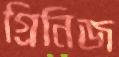
গ্রিনিজ